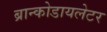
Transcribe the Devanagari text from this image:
ब्रान्कोडायलेटर